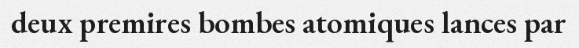
deux premires bombes atomiques lances par